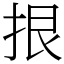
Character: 拫